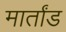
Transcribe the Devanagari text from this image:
मार्तांड